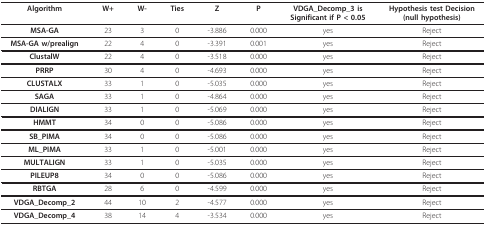
| Algorithm | W+ | W- | Ties | Z | P | VDGA_Decomp_3 is Significant if P < 0.05 | Hypothesis test Decision (null hypothesis) |
 | --- | --- | --- | --- | --- | --- | --- | --- |
 | MSA-GA | 23 | 3 | 0 | -3.886 | 0.000 | yes | Reject |
 | MSA-GA w/prealign | 22 | 4 | 0 | -3.391 | 0.001 | yes | Reject |
 | ClustalW | 22 | 4 | 0 | -3.518 | 0.000 | yes | Reject |
 | PRRP | 30 | 4 | 0 | -4.693 | 0.000 | yes | Reject |
 | CLUSTALX | 33 | 1 | 0 | -5.035 | 0.000 | yes | Reject |
 | SAGA | 33 | 1 | 0 | -4.864 | 0.000 | yes | Reject |
 | DIALIGN | 33 | 1 | 0 | -5.069 | 0.000 | yes | Reject |
 | HMMT | 34 | 0 | 0 | -5.086 | 0.000 | yes | Reject |
 | SB_PIMA | 34 | 0 | 0 | -5.086 | 0.000 | yes | Reject |
 | ML_PIMA | 33 | 1 | 0 | -5.001 | 0.000 | yes | Reject |
 | MULTALIGN | 33 | 1 | 0 | -5.035 | 0.000 | yes | Reject |
 | PILEUP8 | 34 | 0 | 0 | -5.086 | 0.000 | yes | Reject |
 | RBTGA | 28 | 6 | 0 | -4.599 | 0.000 | yes | Reject |
 | VDGA_Decomp_2 | 44 | 10 | 2 | -4.577 | 0.000 | yes | Reject |
 | VDGA_Decomp_4 | 38 | 14 | 4 | -3.534 | 0.000 | yes | Reject |